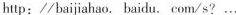
http：//baijiahao.baidu.com/s? ...